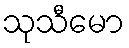
သုသီမော